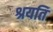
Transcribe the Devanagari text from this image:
श्रयति